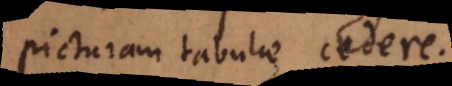
picturam tabulae cedere.